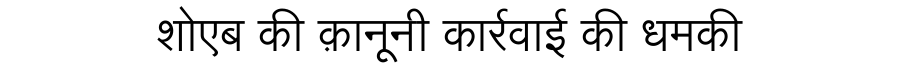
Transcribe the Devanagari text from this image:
शोएब की क़ानूनी कार्रवाई की धमकी